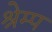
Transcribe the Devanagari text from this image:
श्रेम्प